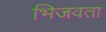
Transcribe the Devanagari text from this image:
भिजवता